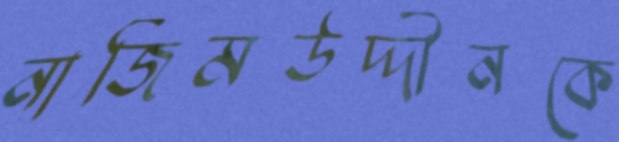
নাজিমউদ্দীনকে